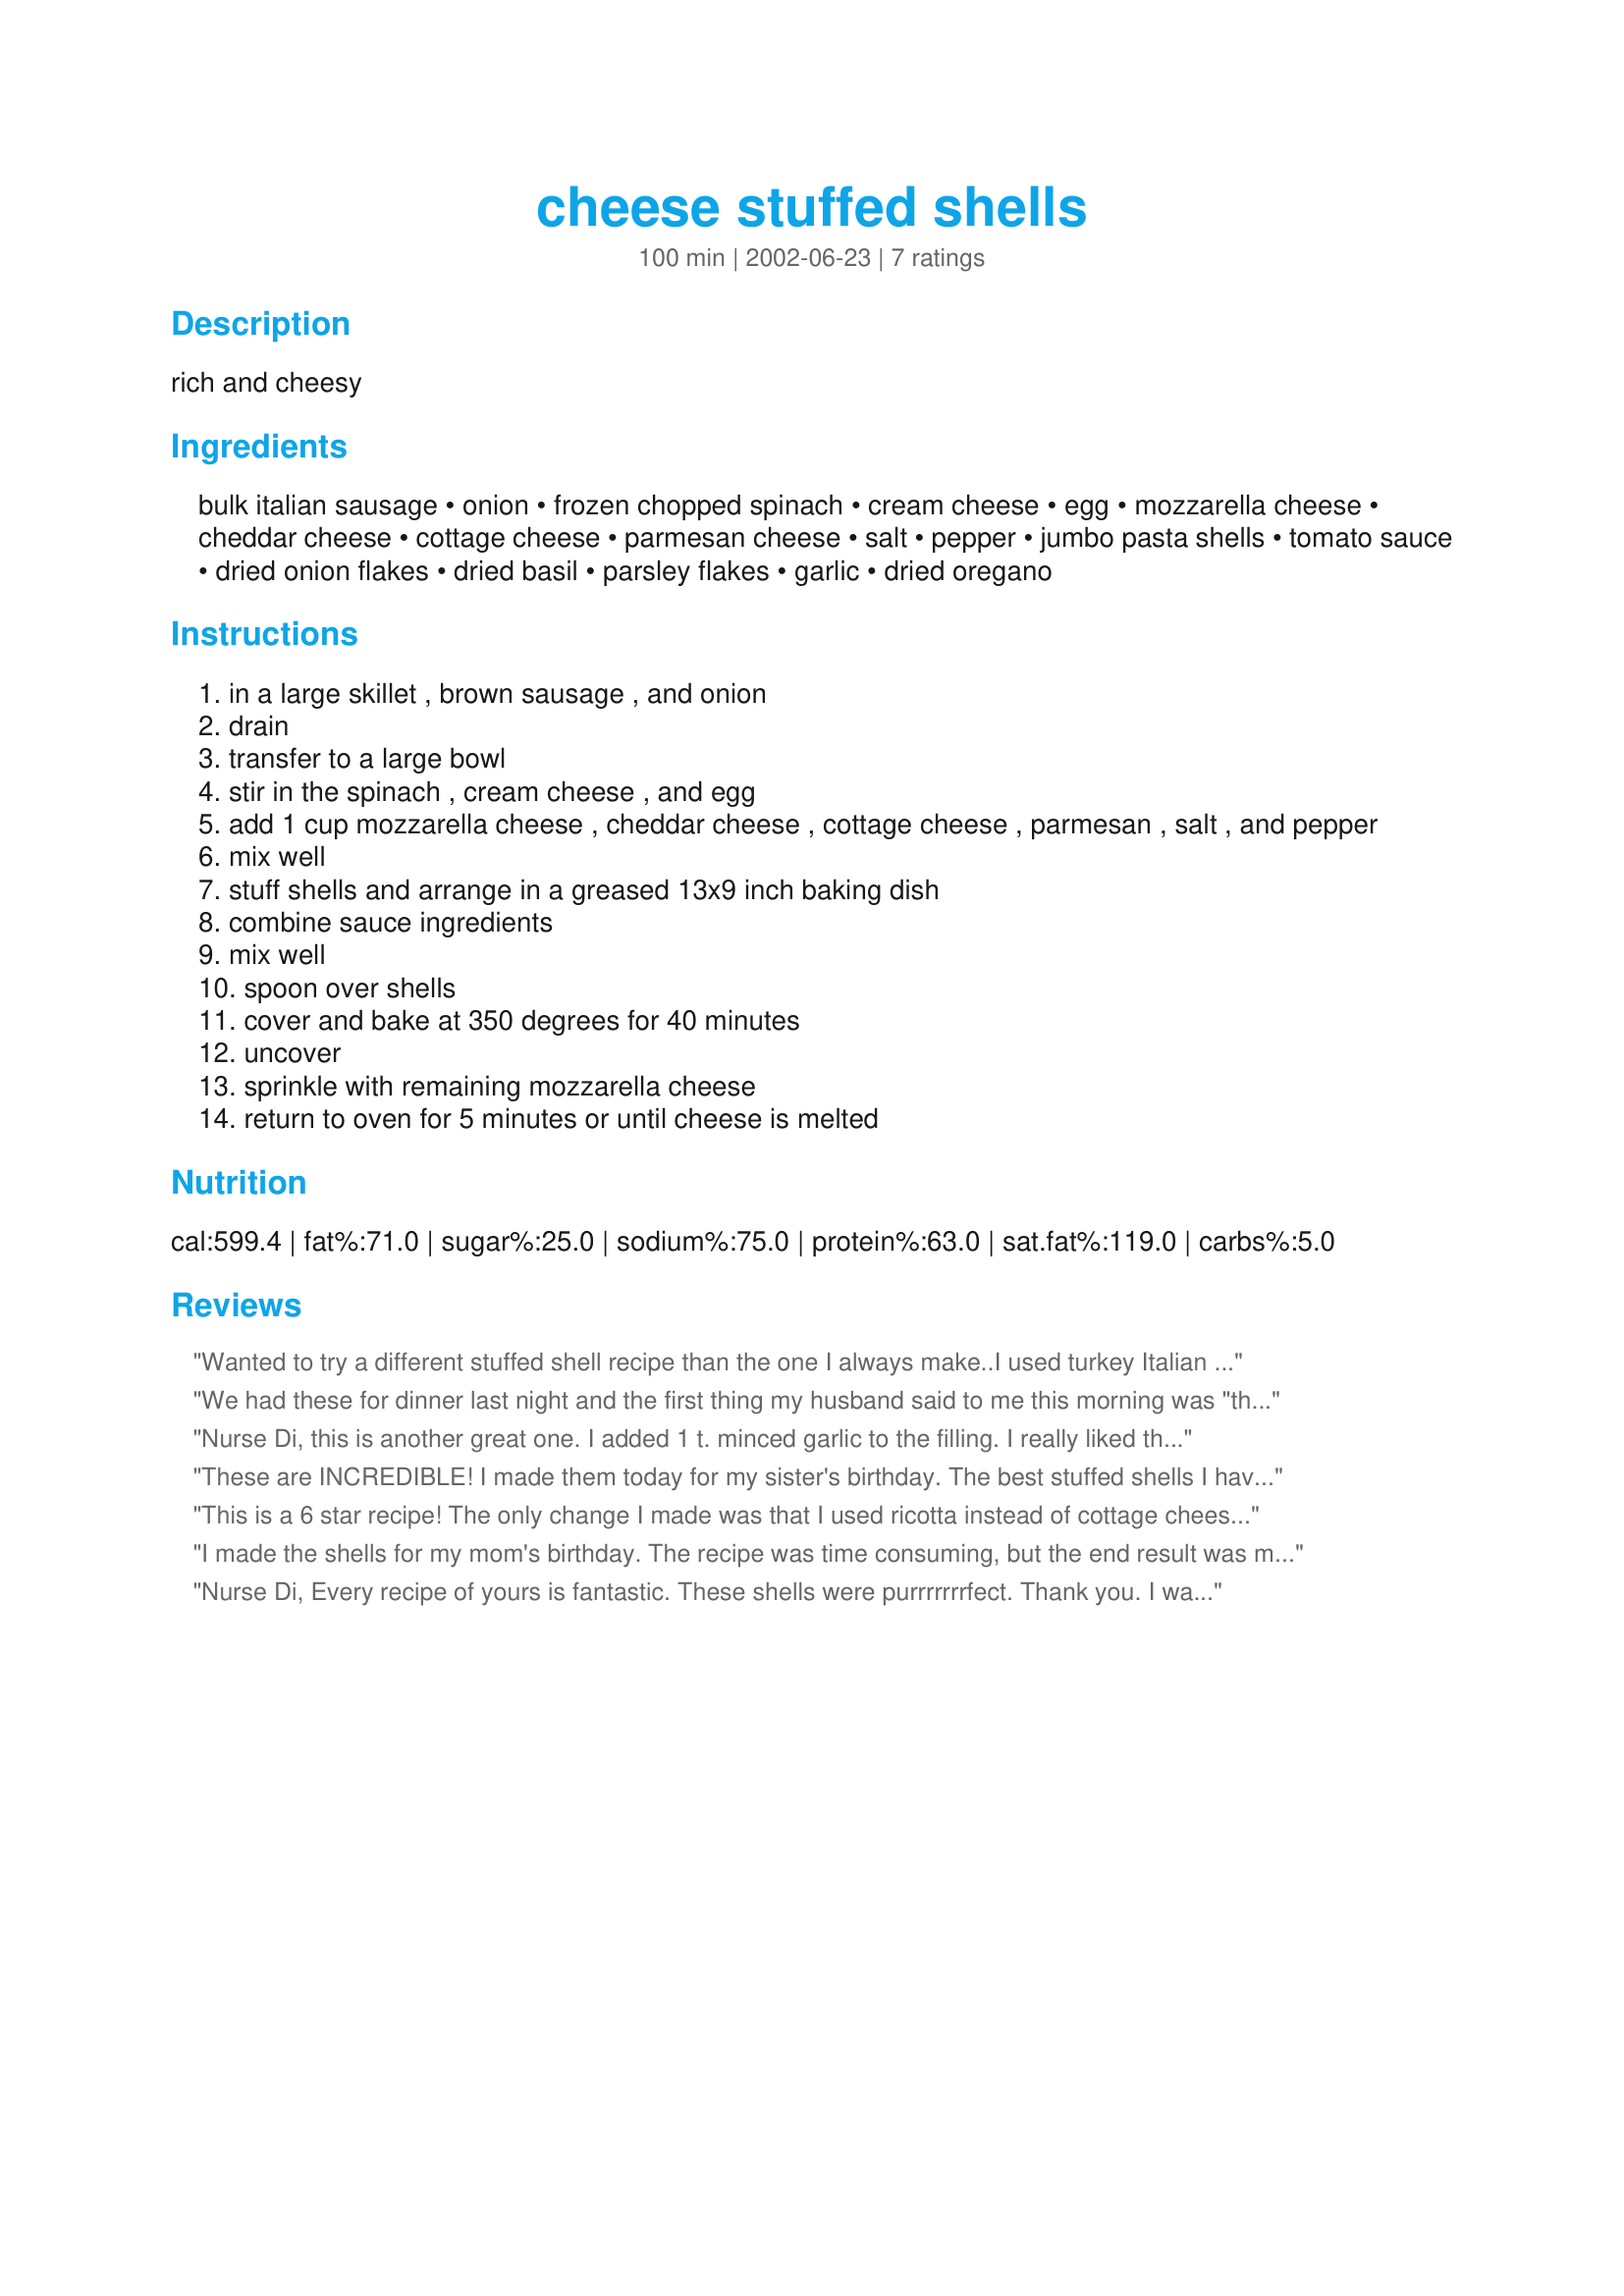
cheese stuffed shells
Preparation time: 100 minutes

rich and cheesy

Ingredients:
bulk italian sausage, onion, frozen chopped spinach, cream cheese, egg, mozzarella cheese, cheddar cheese, cottage cheese, parmesan cheese, salt, pepper, jumbo pasta shells, tomato sauce, dried onion flakes, dried basil, parsley flakes, garlic, dried oregano

Steps:
in a large skillet , brown sausage , and onion
drain
transfer to a large bowl
stir in the spinach , cream cheese , and egg
add 1 cup mozzarella cheese , cheddar cheese , cottage cheese , parmesan , salt , and pepper
mix well
stuff shells and arrange in a greased 13x9 inch baking dish
combine sauce ingredients
mix well
spoon over shells
cover and bake at 350 degrees for 40 minutes
uncover
sprinkle with remaining mozzarella cheese
return to oven for 5 minutes or until cheese is melted

Reviews:
Wanted to try a different stuffed shell recipe than the one I always make..I used turkey Italian sausage and ricotta cheese instead of cottage cheese...Glad i picked this recipe...turned out great. I will be making this alot....
We had these for dinner last night and the first thing my husband said to me this morning was "those shells were GOOD, I think I want them for breakfast"! This recipe does make a lot, I had 28-30 shells, some of which I flash froze and are in a storage bag in the freezer so that I can put sauce on and bake at a later date. The sauce is easy and delicious and I will use this recipe for other things like chicken parmesan, etc. I used italian turkey sausage and was skeptical of the cream cheese, but it worked beautifully and was different than the typical ricotta/mozzarella/parmesan shells. It was a little time consuming, but I made it the night before and popped them in the oven when I got home from work. I will definitely be making these again.
Nurse Di, this is another great one. I added 1 t. minced garlic to the filling. I really liked the meat, spinach, and cheese filling in the shells. The sauce was delicious and seasoned well. I served this with salad and garlic bread. A perfect meal. Our breath was kickin though. Oh well, can't have it all.
These are INCREDIBLE! I made them today for my sister's birthday. The best stuffed shells I have ever had! I did substitute the cheeses with lowfat varieties, used fat free cream cheese, and used lowfat ricotta instead of cottage cheese. Thanks for the great recipe!
This is a 6 star recipe! The only change I made was that I used ricotta instead of cottage cheese. Even my kids asked for seconds. Perfecto!
I made the shells for my mom's birthday. The recipe was time consuming, but the end result was more than worth the time spent. It was hard for my family to believe that I made the recipe since it tasted so good. It did make 28 shells and was good with the shells frozen and then reheated later, since it made so many shells. I will make this again ASAP!
Nurse Di, Every recipe of yours is fantastic. These shells were purrrrrrrfect. Thank you. I was able to stuff 28 shells with the fixings.
